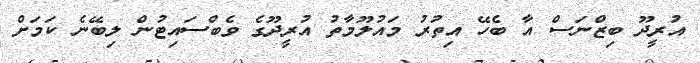
އުރީދޫ ބިޒްނަސް އާ ބެހޭ އިތުރު މައުލޫމާތު އުރީދޫގެ ވެބްސައިޓުން ލިބޭނެ ކަމަށް